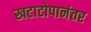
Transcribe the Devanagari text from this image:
खटाटोपानंतर